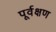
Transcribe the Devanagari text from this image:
पूर्वक्षण